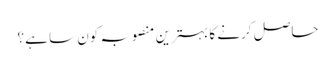
حاصل کرنے کا بہترین منصوبہ کون سا ہے؟